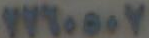
٢٧٦٠٥٠٧